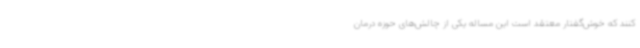
کنند که خوش‌گفتار معتقد است این مساله یکی از چالش‌های حوزه درمان